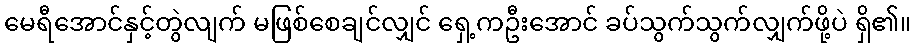
မေရီအောင်နှင့်တွဲလျက် မဖြစ်စေချင်လျှင် ရှေ့ကဦးအောင် ခပ်သွက်သွက်လျှက်ဖို့ပဲ ရှိ၏။